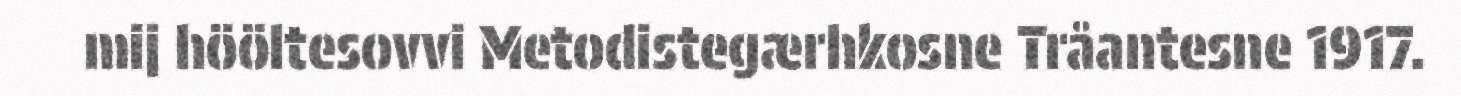
mij hööltesovvi Metodistegærhkosne Tråantesne 1917.